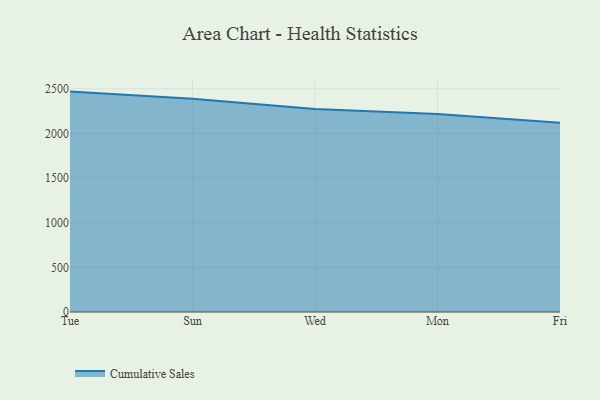
{"axis": {"x": "Day", "y": "Website Visitors"}, "legend": ["Cumulative Sales"], "data": [{"x": "Tue", "y": 2468.7, "type": "Cumulative Sales"}, {"x": "Sun", "y": 2389.6, "type": "Cumulative Sales"}, {"x": "Wed", "y": 2274.8, "type": "Cumulative Sales"}, {"x": "Mon", "y": 2219.1, "type": "Cumulative Sales"}, {"x": "Fri", "y": 2119.0, "type": "Cumulative Sales"}]}